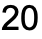
20